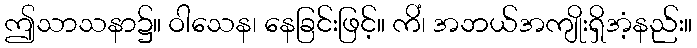
ဤသာသနာ၌။ ဝါသေန၊ နေခြင်းဖြင့်။ ကိံ၊ အဘယ်အကျိုးရှိအံ့နည်း။